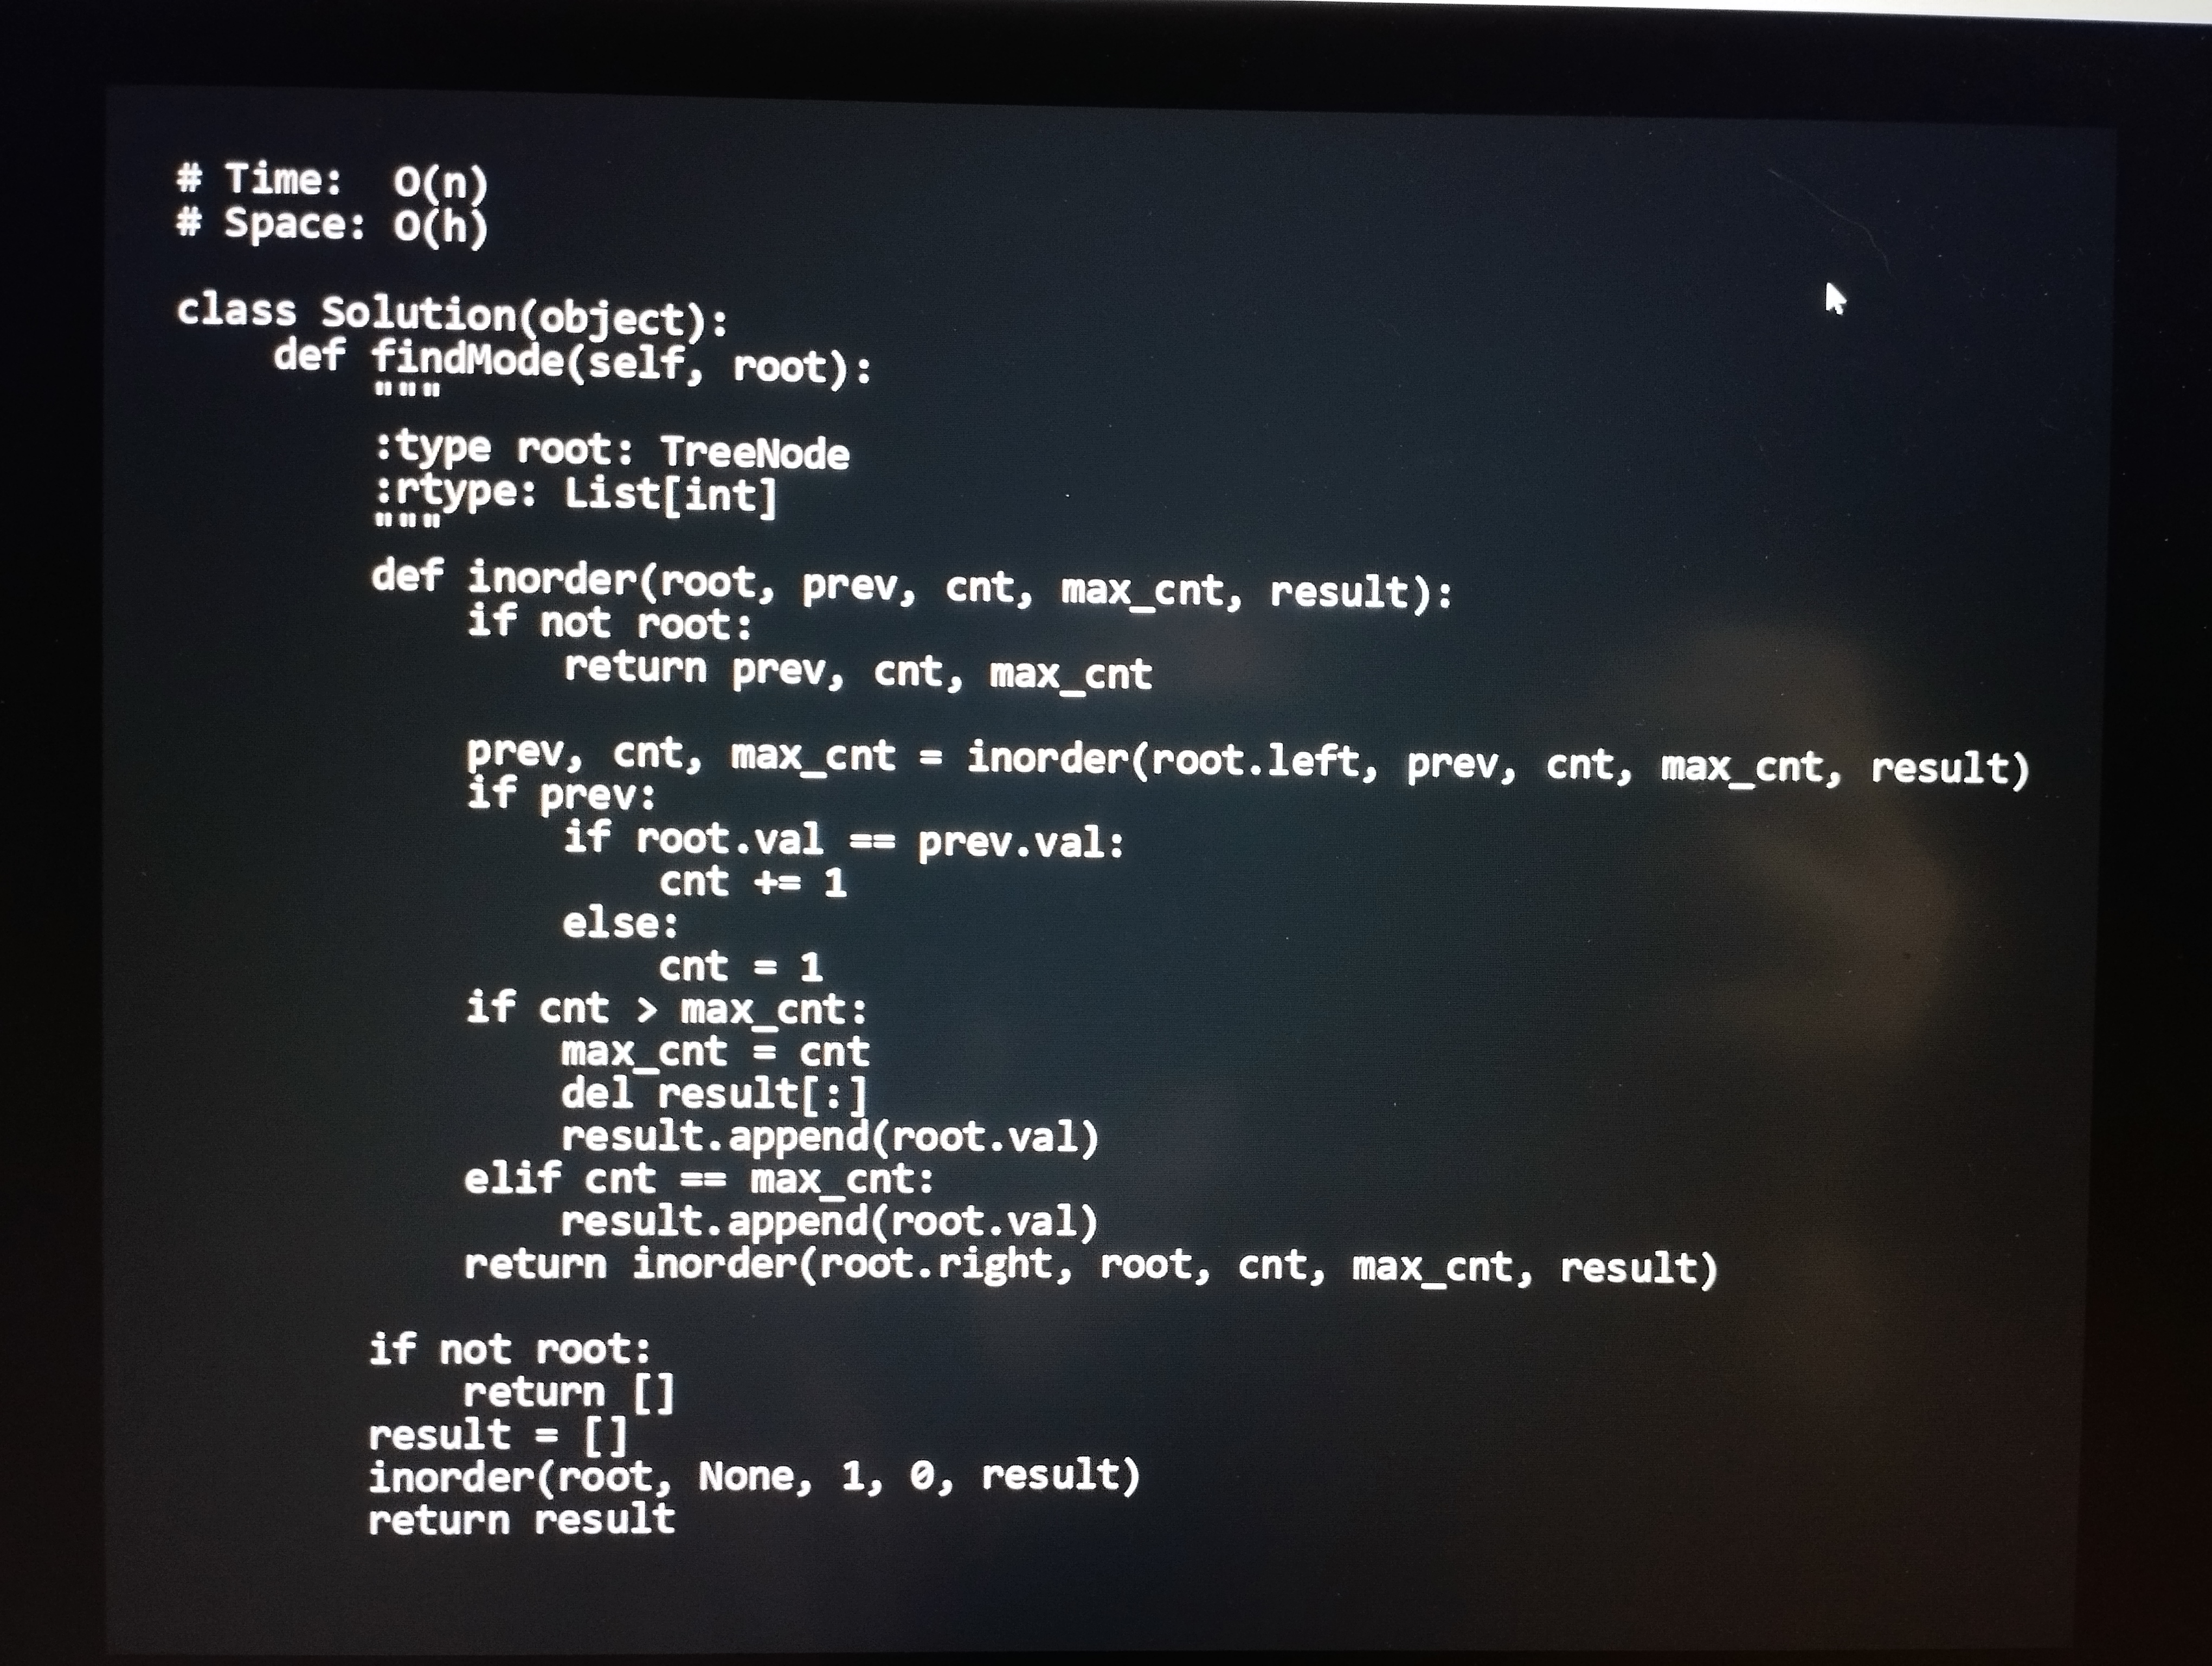
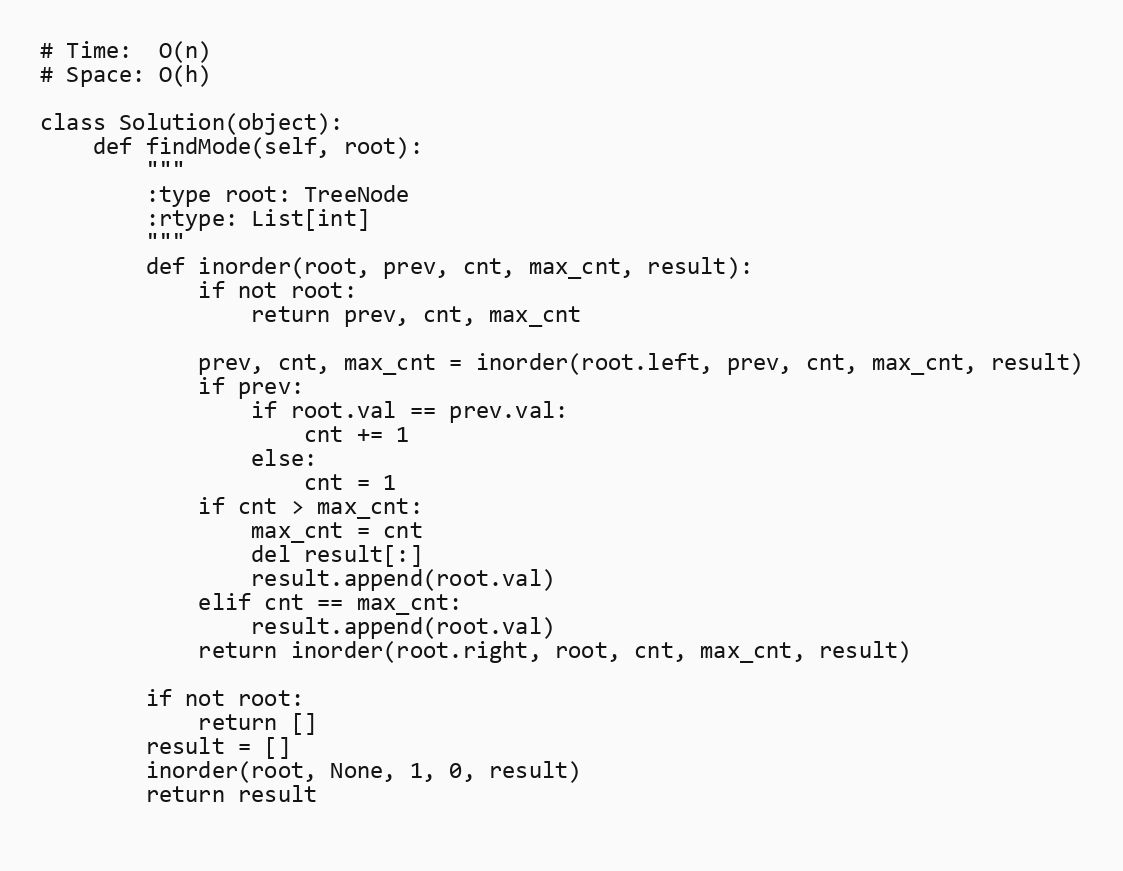
# Time:  O(n)
# Space: O(h)

class Solution(object):
    def findMode(self, root):
        """
        :type root: TreeNode
        :rtype: List[int]
        """
        def inorder(root, prev, cnt, max_cnt, result):
            if not root:
                return prev, cnt, max_cnt

            prev, cnt, max_cnt = inorder(root.left, prev, cnt, max_cnt, result)
            if prev:
                if root.val == prev.val:
                    cnt += 1
                else:
                    cnt = 1
            if cnt > max_cnt:
                max_cnt = cnt
                del result[:]
                result.append(root.val)
            elif cnt == max_cnt:
                result.append(root.val)
            return inorder(root.right, root, cnt, max_cnt, result)

        if not root:
            return []
        result = []
        inorder(root, None, 1, 0, result)
        return result